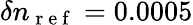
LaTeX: \delta n_{\mathrm{~r~e~f~}}=0.0005